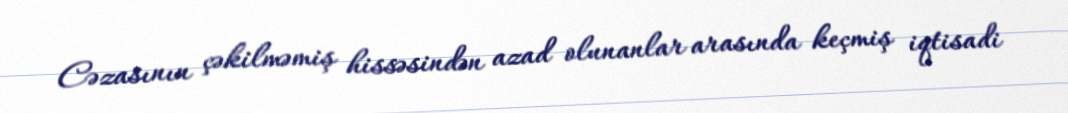
Cəzasının çəkilməmiş hissəsindən azad olunanlar arasında keçmiş iqtisadi